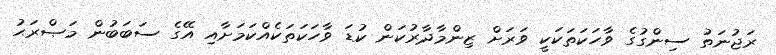
ރަޖުނަތު ސިންގުގެ ވާހަކަތަކަކީ ވަރަށް ޒިންމާދާރުކަން ކުޑަ ވާހަކަތަކެއްކަމަށާއި އޭގެ ސަބަބުން މަޞްރަޙު